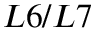
L 6 / L 7